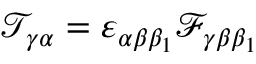
\mathcal { T } _ { \gamma \alpha } = \varepsilon _ { \alpha \beta \beta _ { 1 } } \mathcal { F } _ { \gamma \beta \beta _ { 1 } }